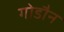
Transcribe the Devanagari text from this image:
गोडौन